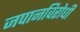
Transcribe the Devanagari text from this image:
जपानविरोधी